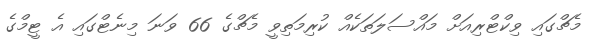
މެޗްގައި ވިކްޓްރިއަށް މައްސަލަތަކެއް ކުރިމަތިވީ މެޗްގެ 66 ވަނަ މިނެޓްގައި އެ ޓީމްގެ